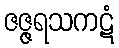
ဇဇ္ဇရသကဋံ